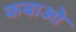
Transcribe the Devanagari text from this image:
कबाओ